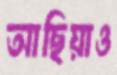
আছিয়াও